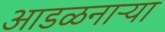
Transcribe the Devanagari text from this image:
आडळनाऱ्या